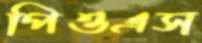
পিওএস